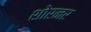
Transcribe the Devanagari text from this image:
शोरनर